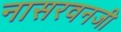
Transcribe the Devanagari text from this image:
नासरवनजी